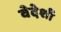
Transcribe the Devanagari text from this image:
वेदेशी